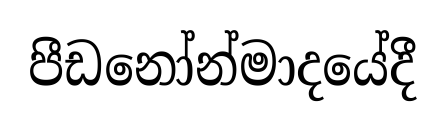
පීඩනෝන්මාදයේදී